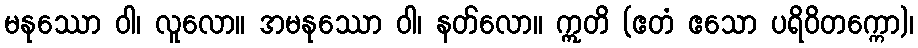
မနုဿော ဝါ၊ လူလော။ အမနုဿော ဝါ၊ နတ်လော။ ဣတိ (ဧတံ ဧသော ပရိဝိတက္ကော)၊